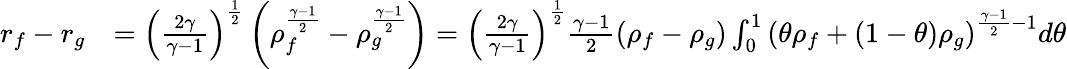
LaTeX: \begin{array}{rl}{r_{f}-r_{g}}&{=\left(\frac{2\gamma}{\gamma-1}\right)^{\frac 12}\left(\rho_{f}^{\frac{\gamma-1}{2}}-\rho_{g}^{\frac{\gamma-1}{2}}\right)=\left(\frac{2\gamma}{\gamma-1}\right)^{\frac 12}\frac{\gamma-1}{2}(\rho_{f}-\rho_{g})\int_{0}^{1}\left(\theta\rho_{f}+(1-\theta)\rho_{g}\right)^{\frac{\gamma-1}{2}-1}d\theta}\end{array}